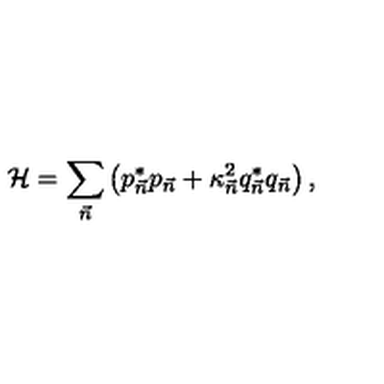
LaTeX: { \cal H } = \sum _ { \vec { n } } \left( p _ { \vec { n } } ^ { * } p _ { \vec { n } } + \kappa _ { \vec { n } } ^ { 2 } q _ { \vec { n } } ^ { * } q _ { \vec { n } } \right) ,